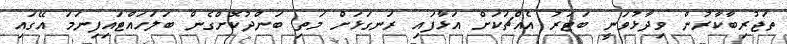
ތަޖުރިބާކާރުން ވިދާޅުވަނީ ބަޓަރު އެއްޗަކަށް އަޅާފައި ރަނގަޅަށް މަތި ބަންދުކޮށްގެން ބަލަހައްޓައިފިނަމަ އޭގައި